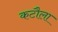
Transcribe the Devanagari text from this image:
कटौला